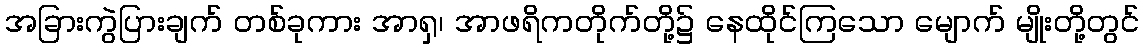
အခြားကွဲပြားချက် တစ်ခုကား အာရှ၊ အာဖရိကတိုက်တို့၌ နေထိုင်ကြသော မျောက် မျိုးတို့တွင်